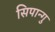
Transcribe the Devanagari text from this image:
सिपान्गु